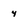
Character: 4